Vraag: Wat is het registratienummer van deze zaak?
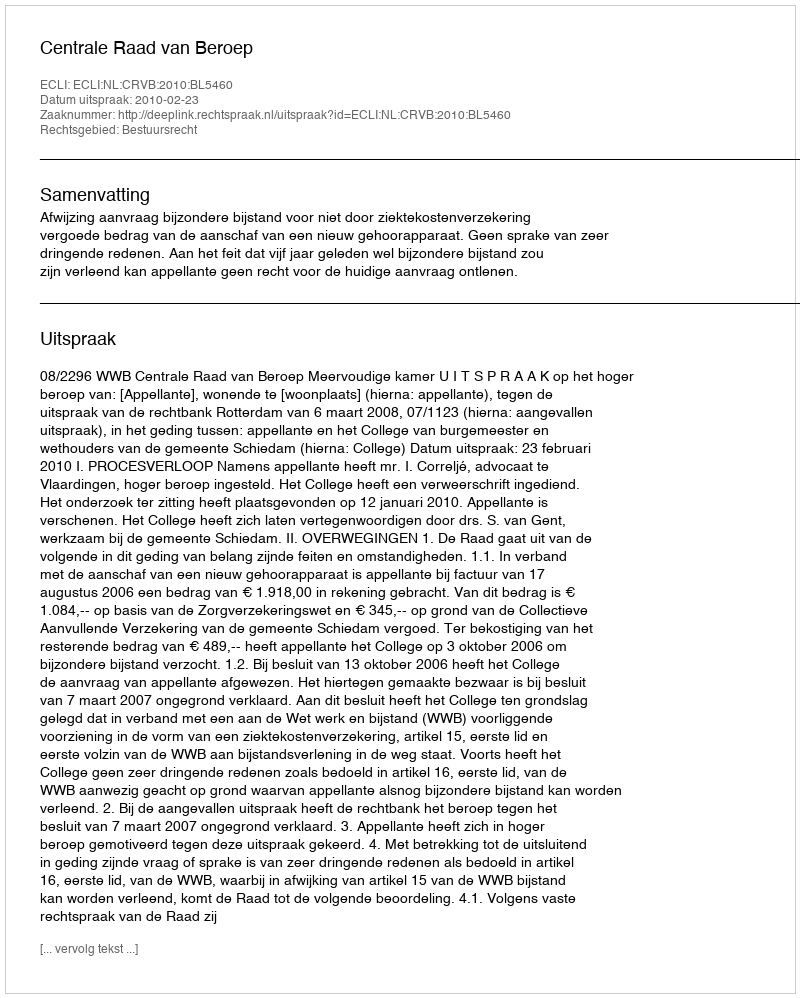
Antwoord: http://deeplink.rechtspraak.nl/uitspraak?id=ECLI:NL:CRVB:2010:BL5460